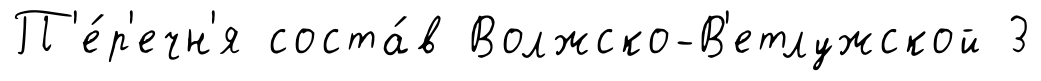
П'е́р'ечн'я соста́в Волжско-В'етлужской 3